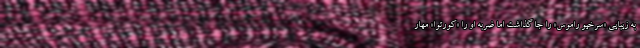
به زیبایی «سرخیو راموس»‌ را جا گذاشت اما ضربه او را «کورتوا» مهار